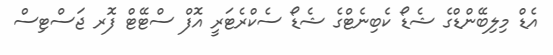
އެޑް މިލިބޭންޑްގެ ޝެޑޯ ކެބިނެޓްގެ ޝެޑޯ ސެކްރެޓަރީ އޮފް ސްޓޭޓް ފޮރ ޖަސްޓިސް